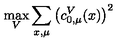
\max _ { V } \sum _ { x , \mu } \left( c _ { 0 , \mu } ^ { V } ( x ) \right) ^ { 2 }